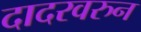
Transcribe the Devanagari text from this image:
दादरवरुन